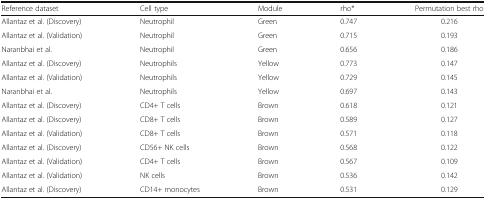
<table><thead><tr><td><b>Reference dataset</b></td><td><b>Cell type</b></td><td><b>Module</b></td><td><b>rho*</b></td><td><b>Permutation best rho</b></td></tr></thead><tbody><tr><td>Allantaz et al. (Discovery)</td><td>Neutrophil</td><td>Green</td><td>0.747</td><td>0.216</td></tr><tr><td>Allantaz et al. (Validation)</td><td>Neutrophil</td><td>Green</td><td>0.715</td><td>0.193</td></tr><tr><td>Naranbhai et al.</td><td>Neutrophil</td><td>Green</td><td>0.656</td><td>0.186</td></tr><tr><td>Allantaz et al. (Discovery)</td><td>Neutrophils</td><td>Yellow</td><td>0.773</td><td>0.147</td></tr><tr><td>Allantaz et al. (Validation)</td><td>Neutrophils</td><td>Yellow</td><td>0.729</td><td>0.145</td></tr><tr><td>Naranbhai et al.</td><td>Neutrophils</td><td>Yellow</td><td>0.697</td><td>0.143</td></tr><tr><td>Allantaz et al. (Discovery)</td><td>CD4+ T cells</td><td>Brown</td><td>0.618</td><td>0.121</td></tr><tr><td>Allantaz et al. (Discovery)</td><td>CD8+ T cells</td><td>Brown</td><td>0.589</td><td>0.127</td></tr><tr><td>Allantaz et al. (Validation)</td><td>CD8+ T cells</td><td>Brown</td><td>0.571</td><td>0.118</td></tr><tr><td>Allantaz et al. (Discovery)</td><td>CD56+ NK cells</td><td>Brown</td><td>0.568</td><td>0.122</td></tr><tr><td>Allantaz et al. (Validation)</td><td>CD4+ T cells</td><td>Brown</td><td>0.567</td><td>0.109</td></tr><tr><td>Allantaz et al. (Validation)</td><td>NK cells</td><td>Brown</td><td>0.536</td><td>0.142</td></tr><tr><td>Allantaz et al. (Discovery)</td><td>CD14+ monocytes</td><td>Brown</td><td>0.531</td><td>0.129</td></tr></tbody></table>